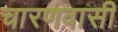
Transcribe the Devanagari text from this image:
चारणवासी